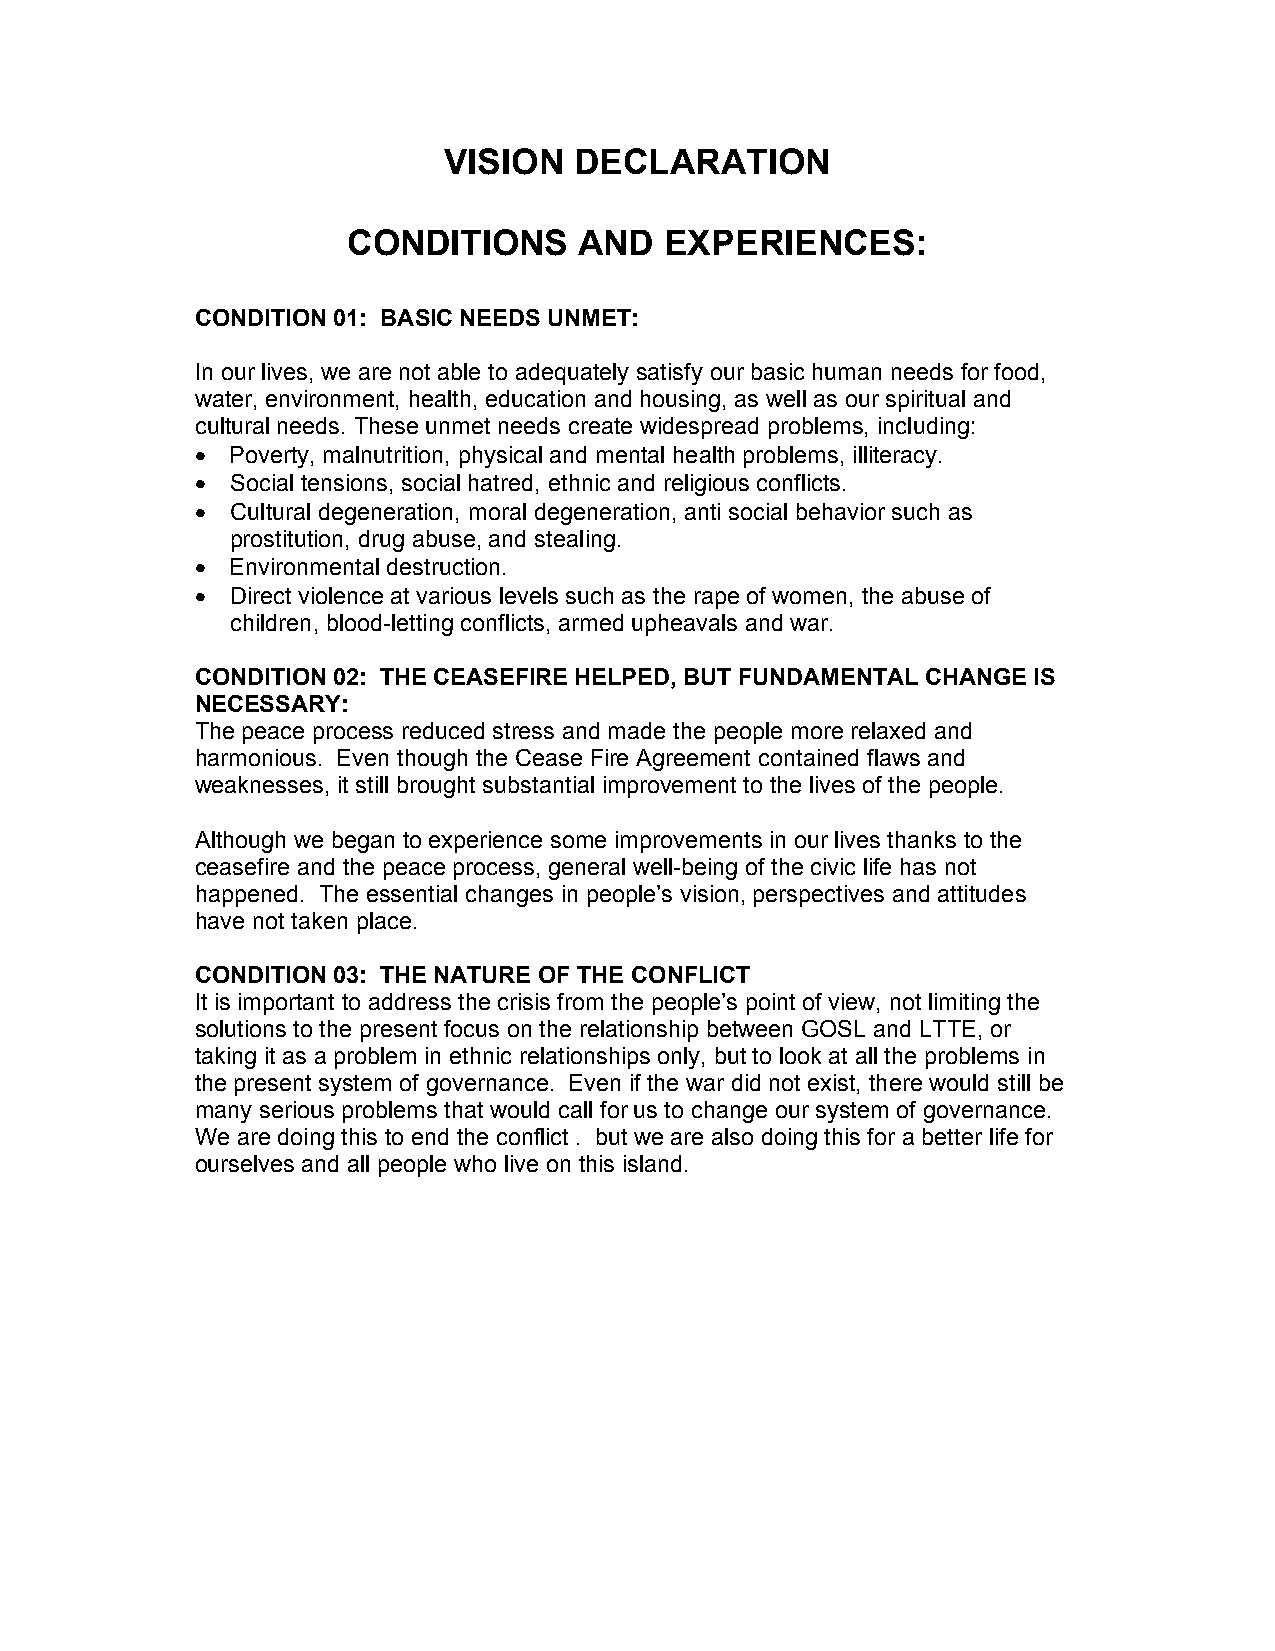
VISION   DECLARATION
 CONDITIONS     AND   EXPERIENCES:
 CONDITION 01: BASIC NEEDS UNMET:
 In our lives, we are not able to adequately satisfy our basic human needs for food,
 water, environment, health, education and housing, as well as our spiritual and
 cultural needs. These unmet needs create widespread problems, including:
 • Poverty, malnutrition, physical and mental health problems, illiteracy.
 • Social tensions, social hatred, ethnic and religious conflicts.
 • Cultural degeneration, moral degeneration, anti social behavior such as
 prostitution, drug abuse, and stealing.
 • Environmental destruction.
 • Direct violence at various levels such as the rape of women, the abuse of
 children, blood-letting conflicts, armed upheavals and war.
 CONDITION 02: THE CEASEFIRE HELPED, BUT FUNDAMENTAL CHANGE IS
 NECESSARY:
 The peace process reduced stress and made the people more relaxed and
 harmonious. Even though the Cease Fire Agreement contained flaws and
 weaknesses, it still brought substantial improvement to the lives of the people.
 Although we began to experience some improvements in our lives thanks to the
 ceasefire and the peace process, general well-being of the civic life has not
 happened. The essential changes in people’s vision, perspectives and attitudes
 have not taken place.
 CONDITION 03: THE NATURE OF THE CONFLICT
 It is important to address the crisis from the people’s point of view, not limiting the
 solutions to the present focus on the relationship between GOSL and LTTE, or
 taking it as a problem in ethnic relationships only, but to look at all the problems in
 the present system of governance. Even if the war did not exist, there would still be
 many serious problems that would call for us to change our system of governance.
 We are doing this to end the conflict . but we are also doing this for a better life for
 ourselves and all people who live on this island.